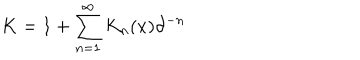
K = 1 + \sum _ { n = 1 } ^ { \infty } K _ { n } ( x ) \partial ^ { - n }